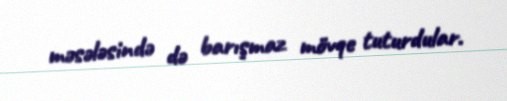
məsələsində də barışmaz mövqe tuturdular.